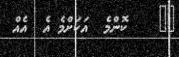
١٥    ކޮންމެ  އަކަށްމެ އެ  އެއް